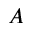
A